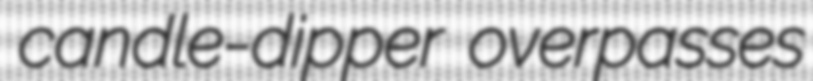
candle-dipper overpasses